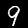
Label: 9